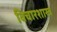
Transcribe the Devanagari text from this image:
विचारशास्त्र